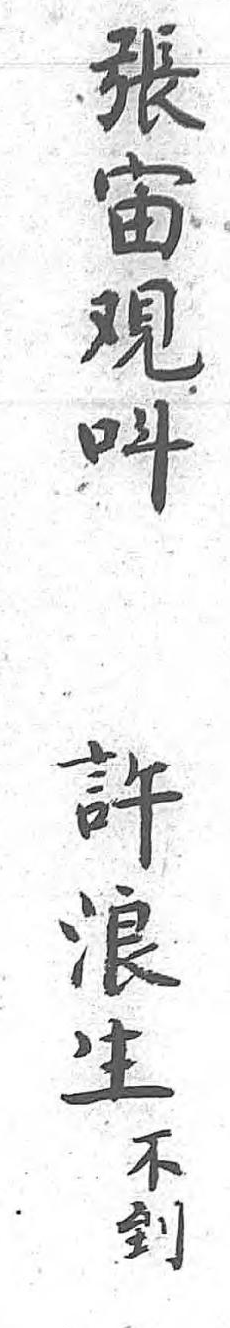
張許不宙浪到覌生 呌